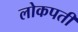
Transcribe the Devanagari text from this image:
लोकपती